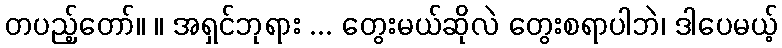
တပည့်တော်။ ။ အရှင်ဘုရား ... တွေးမယ်ဆိုလဲ တွေးစရာပါဘဲ၊ ဒါပေမယ့်